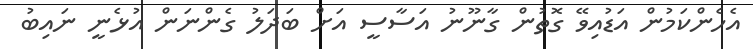
އެހެންކަމުން އަޑުއިވޭ ގޮތުން ގާނޫނު އަސާސީ އަށް ބަދަލު ގެންނަން އުޅެނީ ނައިބު